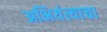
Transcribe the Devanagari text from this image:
अभियंत्याचा